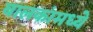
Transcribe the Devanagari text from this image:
बालकांमध्ये